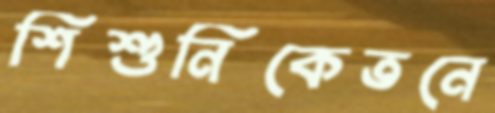
শিশুনিকেতনে